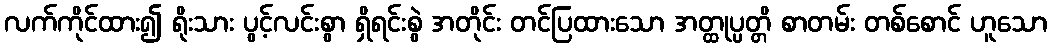
လက်ကိုင်ထား၍ ရိုးသား ပွင့်လင်းစွာ ရှိရင်းစွဲ အတိုင်း တင်ပြထားသော အတ္ထုပ္ပတ္တိ စာတမ်း တစ်စောင် ဟူသော